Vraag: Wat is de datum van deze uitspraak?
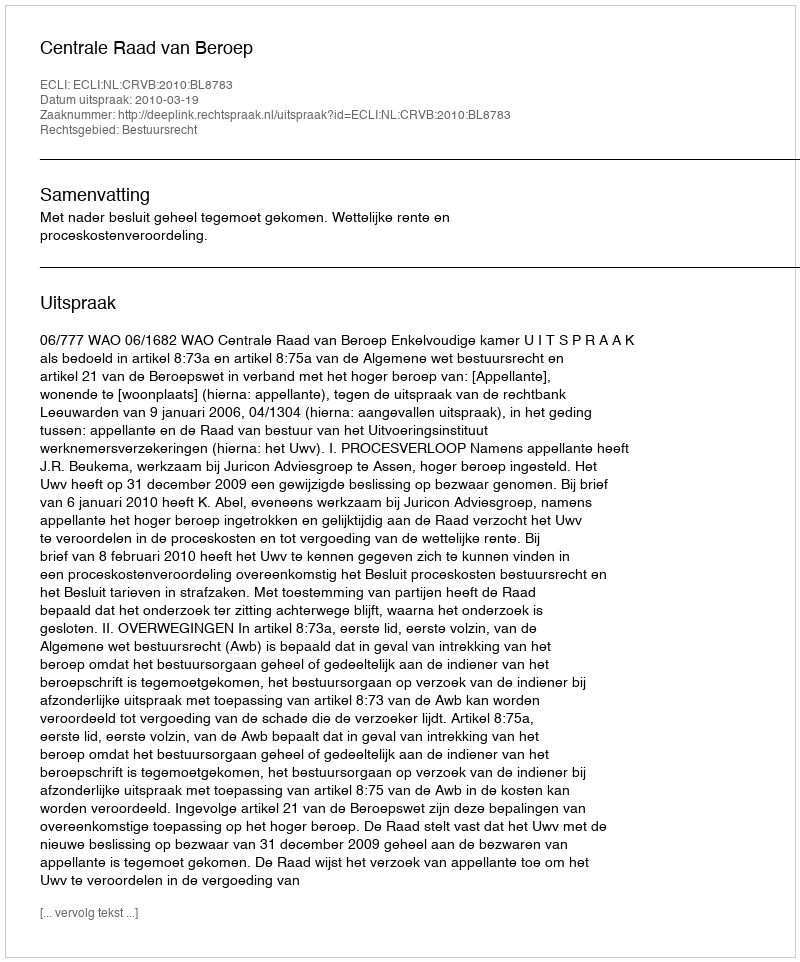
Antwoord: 2010-03-19